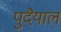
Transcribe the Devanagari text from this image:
पुदैयाल